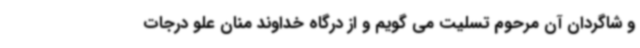
و شاگردان آن مرحوم تسلیت می گویم و از درگاه خداوند منان علو درجات